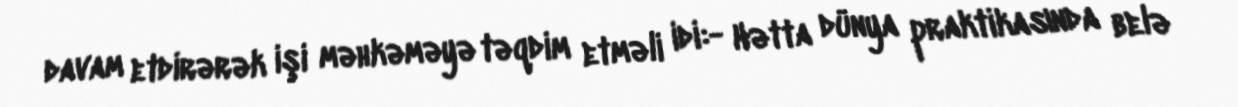
davam etdirərək işi məhkəməyə təqdim etməli idi:- Hətta dünya praktikasında belə